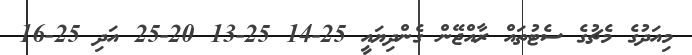
މިއަދުގެ މެޗުގެ ސެޓުތައް ރާއްޖޭން ގެންދިޔައީ 25-14 25-13 20-25 އަދި 25-16